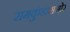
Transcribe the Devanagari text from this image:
रामकुंडासमोर